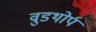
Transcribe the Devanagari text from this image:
वुडथोर्प